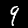
Label: 9